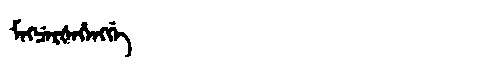
Manchu: ᠮᡝᡴᠴᡝᡵᡧᡝᡥᡝᠩᡤᡝ
Romanization: MEKCERŠEHENGGE